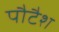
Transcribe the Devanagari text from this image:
पौटैश